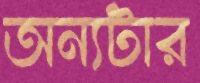
অন্যটার